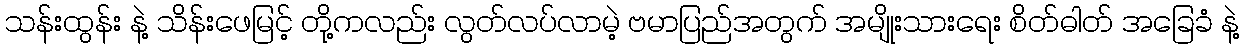
သန်းထွန်း နဲ့ သိန်းဖေမြင့် တို့ကလည်း လွတ်လပ်လာမဲ့ ဗမာပြည်အတွက် အမျိုးသားရေး စိတ်ဓါတ် အခြေခံ နဲ့